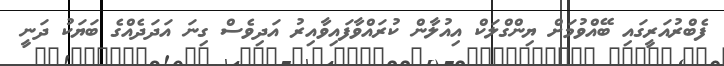
ފެބްރުއަރީގައި ބޭއްވުމަށް ޔިންގްލަކް އިއުލާން ކުރައްވާފައިވާއިރު އަދިވެސް ގިނަ އަދަދެއްގެ ބަޔަކު ދަނީ